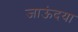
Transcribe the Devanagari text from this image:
जाऊंदया